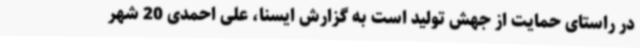
در راستای حمایت از جهش تولید است به گزارش ایسنا، علی احمدی 20 شهر